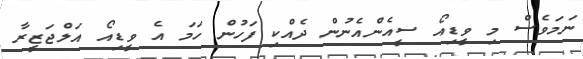
ނަމަވެސް މި ވީޑިއޯ ސީއެންއެނުން ދެއްކި ފަހުން ހަމަ އެ ވީޑިއޯ އަލްޖަޒީރާ